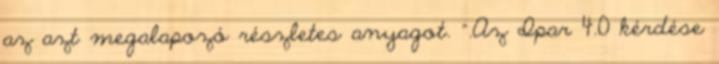
az azt megalapozó részletes anyagot. ".Az Ipar 4.0 kérdése